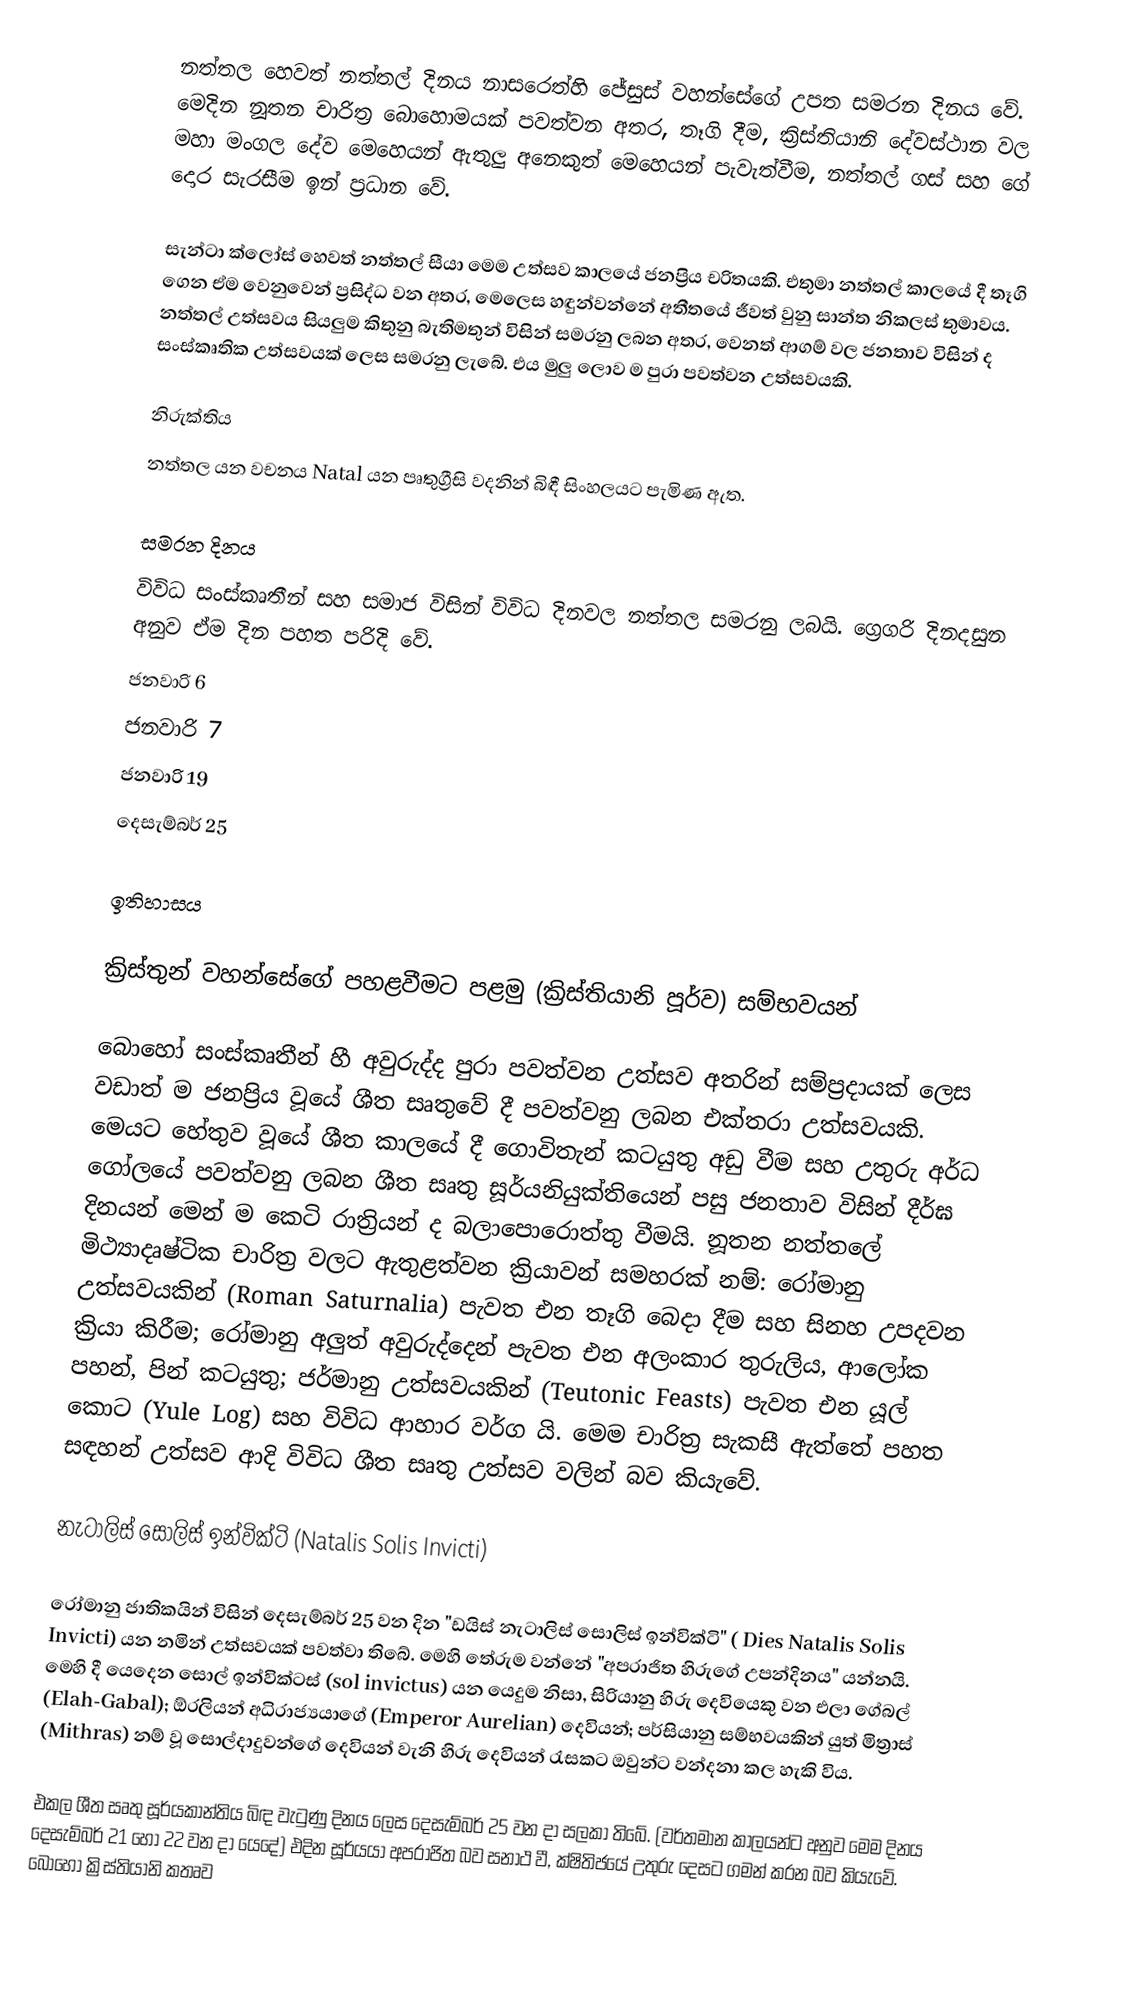
නත්තල හෙවත් නත්තල් දිනය නාසරෙත්හි ජේසුස් වහන්සේගේ උපත සමරන දිනය වේ.  මෙදින නූතන චාරිත්‍ර බොහොමයක් පවත්වන අතර, තෑගි දීම, ක්‍රිස්තියානි දේවස්ථාන වල මහා මංගල දේව මෙහෙයන් ඇතුලු අනෙකුත් මෙහෙයන් පැවැත්වීම, නත්තල් ගස් සහ ගේ දොර සැරසීම ඉන් ප්‍රධාන වේ.

සැන්ටා ක්ලෝස් හෙවත් නත්තල් සීයා මෙම උත්සව කාලයේ ජනප්‍රිය  චරිතයකි. එතුමා නත්තල් කාලයේ දී තෑගි ගෙන ඒම වෙනුවෙන් ප්‍රසිද්ධ වන අතර, මෙලෙස හඳුන්වන්නේ අතීතයේ ජීවත් වුනු සාන්ත නිකලස් තුමාවය. නත්තල් උත්සවය සියලුම කිතුනු බැතිමතුන් විසින් සමරනු ලබන අතර, වෙනත් ආගම් වල ජනතාව විසින් ද සංස්කෘතික උත්සවයක් ලෙස සමරනු ලැබේ. එය මුලු ලොව ම පුරා පවත්වන උත්සවයකි.

නිරුක්තිය
නත්තල යන වචනය Natal යන පෘතුග්‍රීසි වදනින් බිඳී සි‍ංහලයට පැමිණ ඇත.

සමරන දිනය
විවිධ සංස්කෘතීන් සහ සමාජ විසින් විවිධ දිනවල නත්තල සමරනු ලබයි. ග්‍රෙගරි දිනදසුන අනුව ඒම දින පහත පරිදි වේ.
 ජනවාරි 6
 ජනවාරි 7
 ජනවාරි 19
 දෙසැම්බර් 25

ඉතිහාසය

ක්‍රිස්තුන් වහන්සේගේ පහළවීමට පළමු (ක්‍රිස්තියානි පූර්ව) සම්භවයන්

බොහෝ සංස්කෘතීන් හී අවුරුද්ද පුරා පවත්වන උත්සව අතරින් සම්ප්‍රදායක් ලෙස වඩාත් ම ජනප්‍රිය වූයේ ශීත සෘතුවේ දී පවත්වනු ලබන එක්තරා උත්සවයකි. මෙයට හේතුව වූයේ ශීත කාලයේ දී ගොවිතැන් කටයුතු අඩු වීම සහ උතුරු අර්ධ ගෝලයේ පවත්වනු ලබන ශීත සෘතු සූර්යනියුක්තියෙන් පසු ජනතාව විසින් දීර්ඝ දිනයන් මෙන් ම කෙටි රාත්‍රියන් ද බලාපොරොත්තු වීමයි. නූතන නත්තලේ මිථ්‍යාදෘෂ්ටික චාරිත්‍ර වලට ඇතුළත්වන ක්‍රියාවන් සමහරක් නම්: රෝමානු උත්සවයකින් (Roman Saturnalia) පැවත එන තෑගි බෙදා දීම සහ සිනහ උපදවන ක්‍රියා කිරීම; රෝමානු අලුත් අවුරුද්දෙන් පැවත එන අලංකාර තුරුලිය, ආලෝක පහන්, පින් කටයුතු; ජර්මානු උත්ස‍වයකින් (Teutonic Feasts) පැවත එන යූල් කොට (Yule Log) සහ විවිධ ආහාර වර්ග යි. මෙම චාරිත්‍ර සැකසී ඇත්තේ පහත සඳහන් උත්සව ආදි විවිධ ශීත සෘතු උත්සව වලින් බව කියැවේ.

නැටාලිස් සොලිස් ඉන්වික්ටි (Natalis Solis Invicti)

රෝමානු ජාතිකයින් විසින් දෙසැම්බර් 25 වන දින "ඩයිස් නැටාලිස් සොලිස් ඉන්වික්ටි"   ( Dies Natalis Solis Invicti) යන නමින් උත්සවයක් පවත්වා තිබේ. මෙහි තේරුම වන්නේ "අපරාජිත හිරුගේ උපන්දිනය" යන්නයි. මෙහි දී යෙදෙන සොල් ඉන්වික්ටස් (sol invictus) යන යෙදුම නිසා, සිරියානු හිරු දෙවියෙකු වන එලා ගේබල් (Elah-Gabal); ඕරලියන් අධිරාජ්‍යයාගේ (Emperor Aurelian) දෙවියන්; පර්සියානු සම්භවයකින් යුත් මිත්‍රාස් (Mithras) නම් වූ සොල්දාදුවන්ගේ දෙවියන් වැනි හිරු දෙවියන් රැසකට ඔවුන්ට වන්දනා කල හැකි විය.

එකල ශීත සෘතු සූර්යකාන්තිය බිඳ වැටුණු දිනය ලෙස දෙසැම්බර් 25 වන දා සලකා තිබේ.  (වර්තමාන කාලයන්ට අනු‍ව මෙම දිනය දෙසැම්බර් 21 හෝ 22 වන දා යෙදේ) එදින සූර්යයා අපරාජිත බව සනාථ වී, ක්ෂිතිජයේ උතුරු දෙසට ගමන් කරන බව කියැවේ. බොහෝ ක්‍රිස්තියානි කතෘව